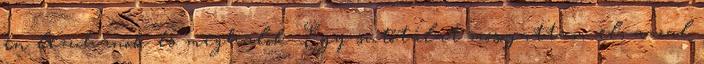
én lezuhanok és meghalok. Egy sütőtálat mosogattam el, azzal